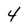
Character: 4